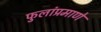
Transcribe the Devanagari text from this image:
फुलांप्रमाणे